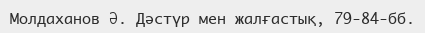
Молдаханов Ә. Дәстүр мен жалғастық, 79-84-бб.